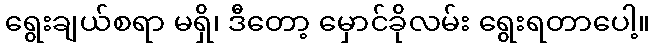
ရွေးချယ်စရာ မရှိ၊ ဒီတော့ မှောင်ခိုလမ်း ရွေးရတာပေါ့။